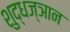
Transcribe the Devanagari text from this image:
शुद्धज्ञान